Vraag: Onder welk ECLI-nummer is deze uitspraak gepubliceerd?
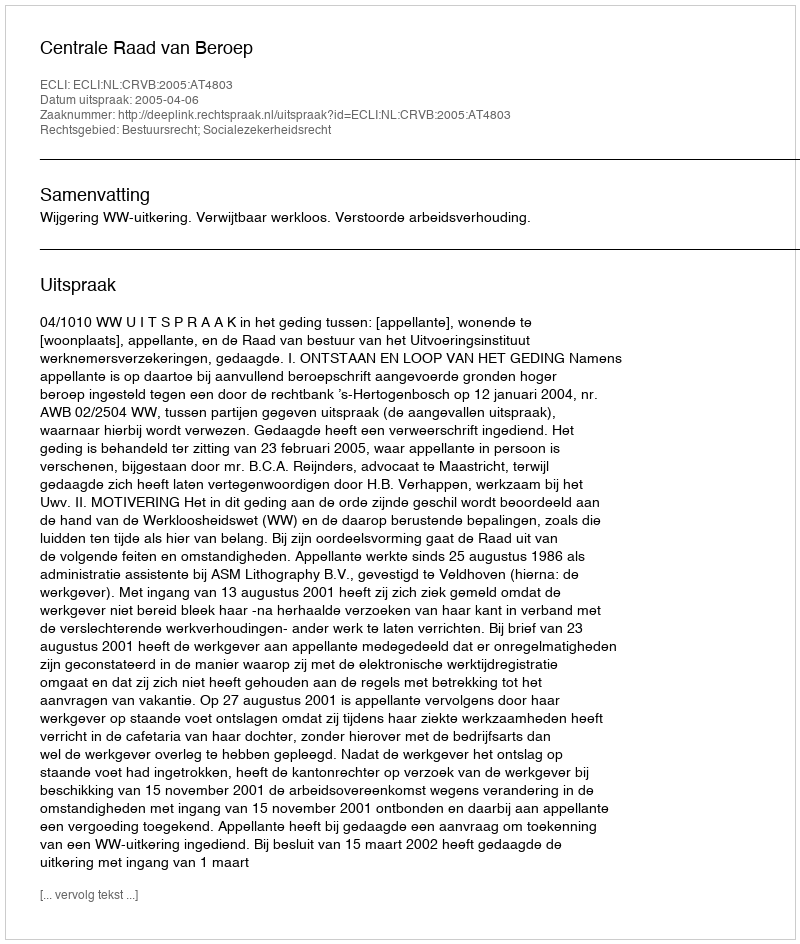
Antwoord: ECLI:NL:CRVB:2005:AT4803